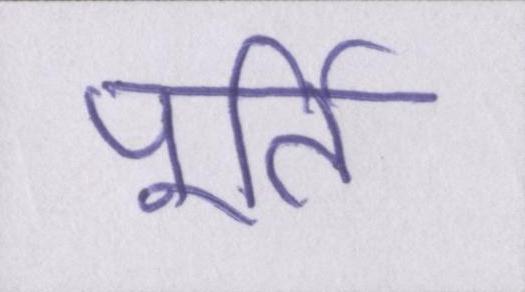
पूर्ति